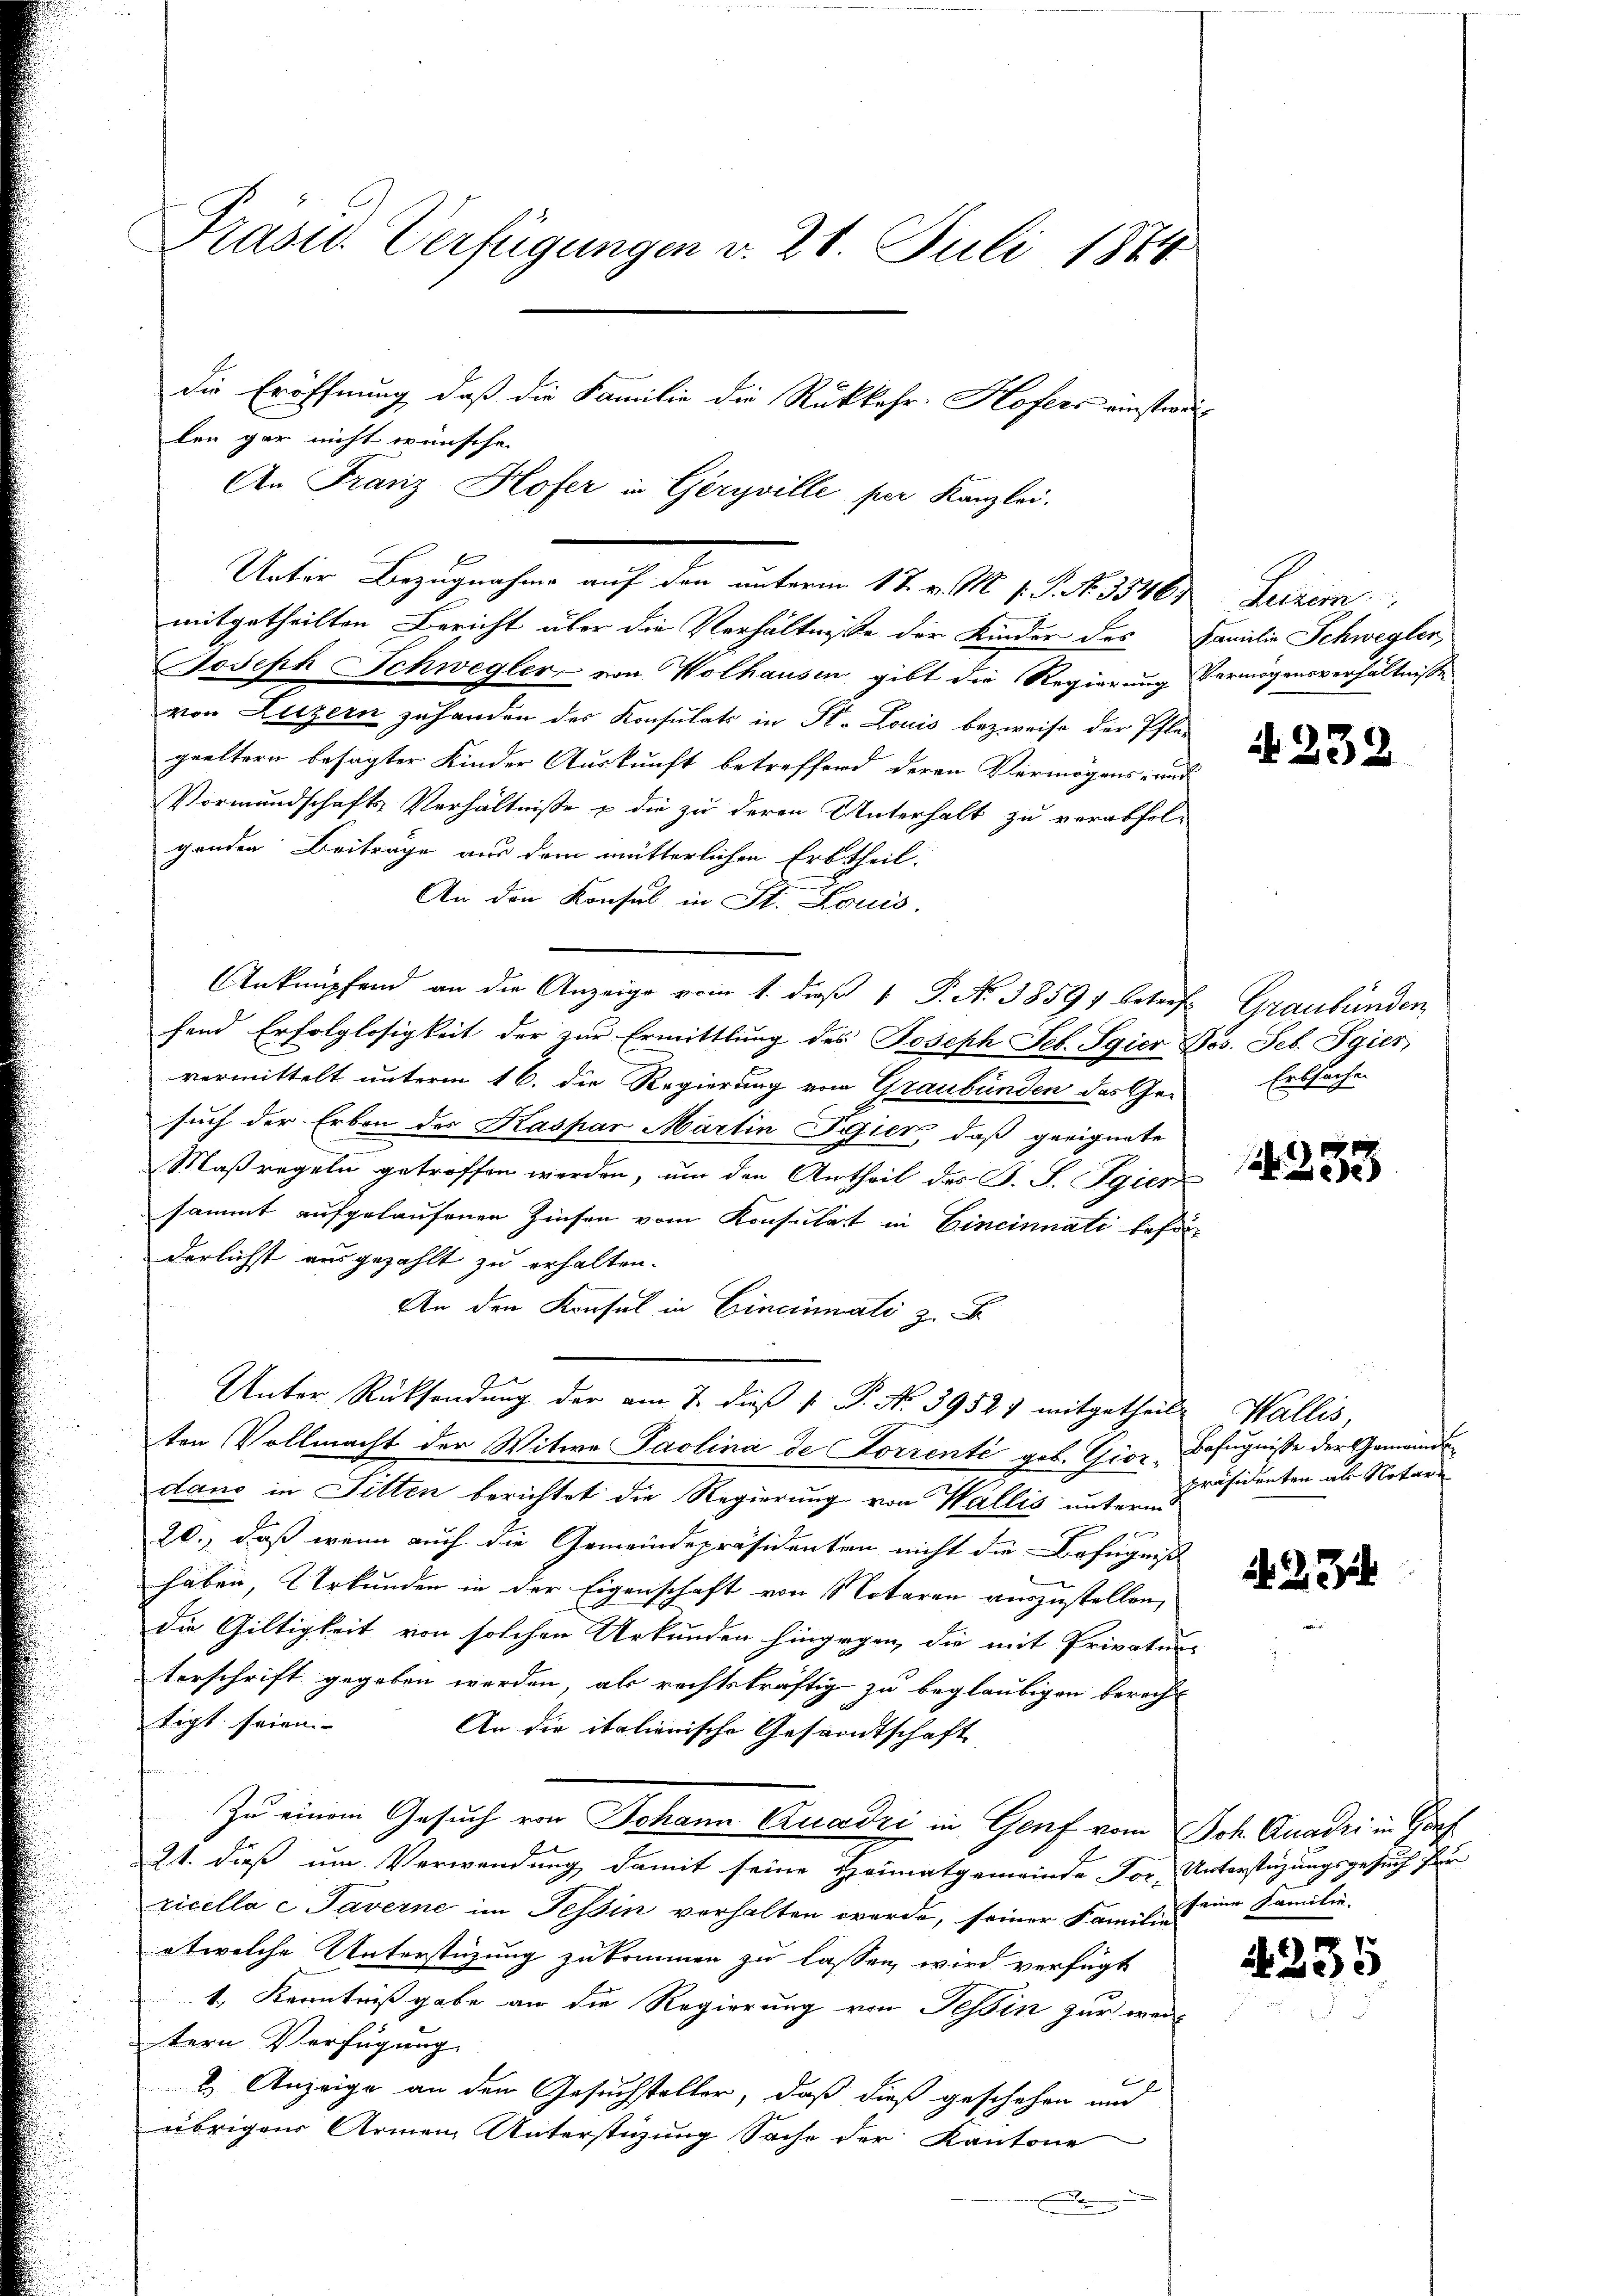
Präsid. Verfügungen v. 28. Juli 1874.
die Eröffnung, daß die Familie die Rükkehr. Hofers einstradilen gar nicht wünsche
An Franz Hofer in Geryville per Kanzlei.

Unter Bezugnahme auf den unterm 17. v. M. v. J. J. 1846
mitgetheilten Bericht über die Verhältniße der Kinder des Familie Schwegler,
Joseph Schwegler von Wolhausen gibt die Regierung Vermögensverhältnisse
von Luzern zuhanden des Konsulats in St. Louis bezweife der Pfle-
geeltern besagter Kinder Auskunft betreffend deren Vermögens- und
Vormundschafts Verhältnisse & die zu deren Unterhalt zu verabfol-
genden Beiträge aus dem mütterlichen Erbtheil.
An den Konsul in St. Louis.
Anknüpfend an die Anzeige vom 1. dieß 1 P. Nr. 3859 betreff Graubünden
fend Erfolglosigkeit der zur Ermittlung des Joseph Seb. Sgier Jos. Feb. Sgier
vermittelt unterm 16. die Regierung vom Graubünden des Ge-
such der Erben des Kaspar Martin Pasier, daß geeignete
Maßregeln getroffen werden, um den Antheil des J. S. Igier
sammt aufgelaufenen Zinsen vom Konsulat in Eineinnati beforderlichst ausgezahlt zu erhalten.
An den Konsul in Cincinati z. B.
Unter Rücksendung der am 7. dieß P. No 39521 mitgetheilt Wallis,
ten Vollmacht der Witwe Paolina de Forrenté geb. Gior Befugnisse der Gemeindsdano in Fitten berichtet die Regierung von Wallis unterm
20., daß wenn auch die Gemeindepräsidenten nicht die Befugniß
haben, Urkunden in der Eigenschaft von Notaren auszustellen,
die Giltigkeit von solchen Urkunden hingegen, die mit Privatur-
terschrift gegeben werden, als rechtskräftig zu beglaubigen berecht
tigt seien
An die italienische Gesandtschaft
Zu einem Gesuch von Johann Quadri in Genf vom Joh. Quadri in Gorf
21. dieß um Verwendung damit seine Heimatgemeinde For. Unterstüzungsgesuch für
ricella c Taverne im Tessin verhalten werde, seiner Familie eine Familie.
etwelche Unterstüzung zukommen zu lassen wird verfügt
1. Kenntnißgabe an die Regierung von Tessin zur weitern Vierfügung
2) Anzeige an den Gesuchsteller, daß dieß geschehen und
übrigen Armen Unterstüzung Sache der Kantone
E

Serien

4232

Entlache

1253

Präsidenten als Notari

4235